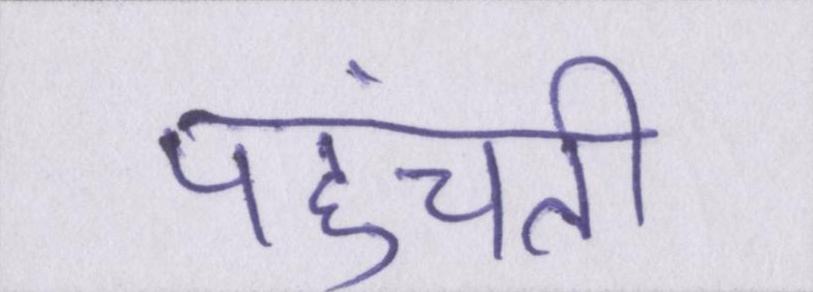
पहुंचती